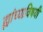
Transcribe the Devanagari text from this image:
ह्यांच्याविषयी